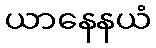
ယာနေနယံ